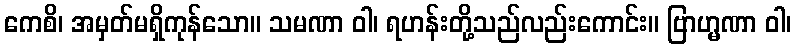
ကေစိ၊ အမှတ်မရှိကုန်သော။ သမဏာ ဝါ၊ ရဟန်းတို့သည်လည်းကောင်း။ ဗြာဟ္မဏာ ဝါ၊